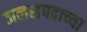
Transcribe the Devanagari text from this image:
जलसंपदाच्या